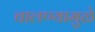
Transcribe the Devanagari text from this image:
चालण्यामुळे